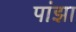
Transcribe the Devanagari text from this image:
पांझा